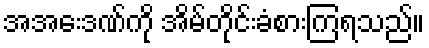
အအေးဒဏ်ကို အိမ်တိုင်းခံစားကြရသည်။